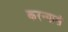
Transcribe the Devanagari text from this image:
करन्यासं